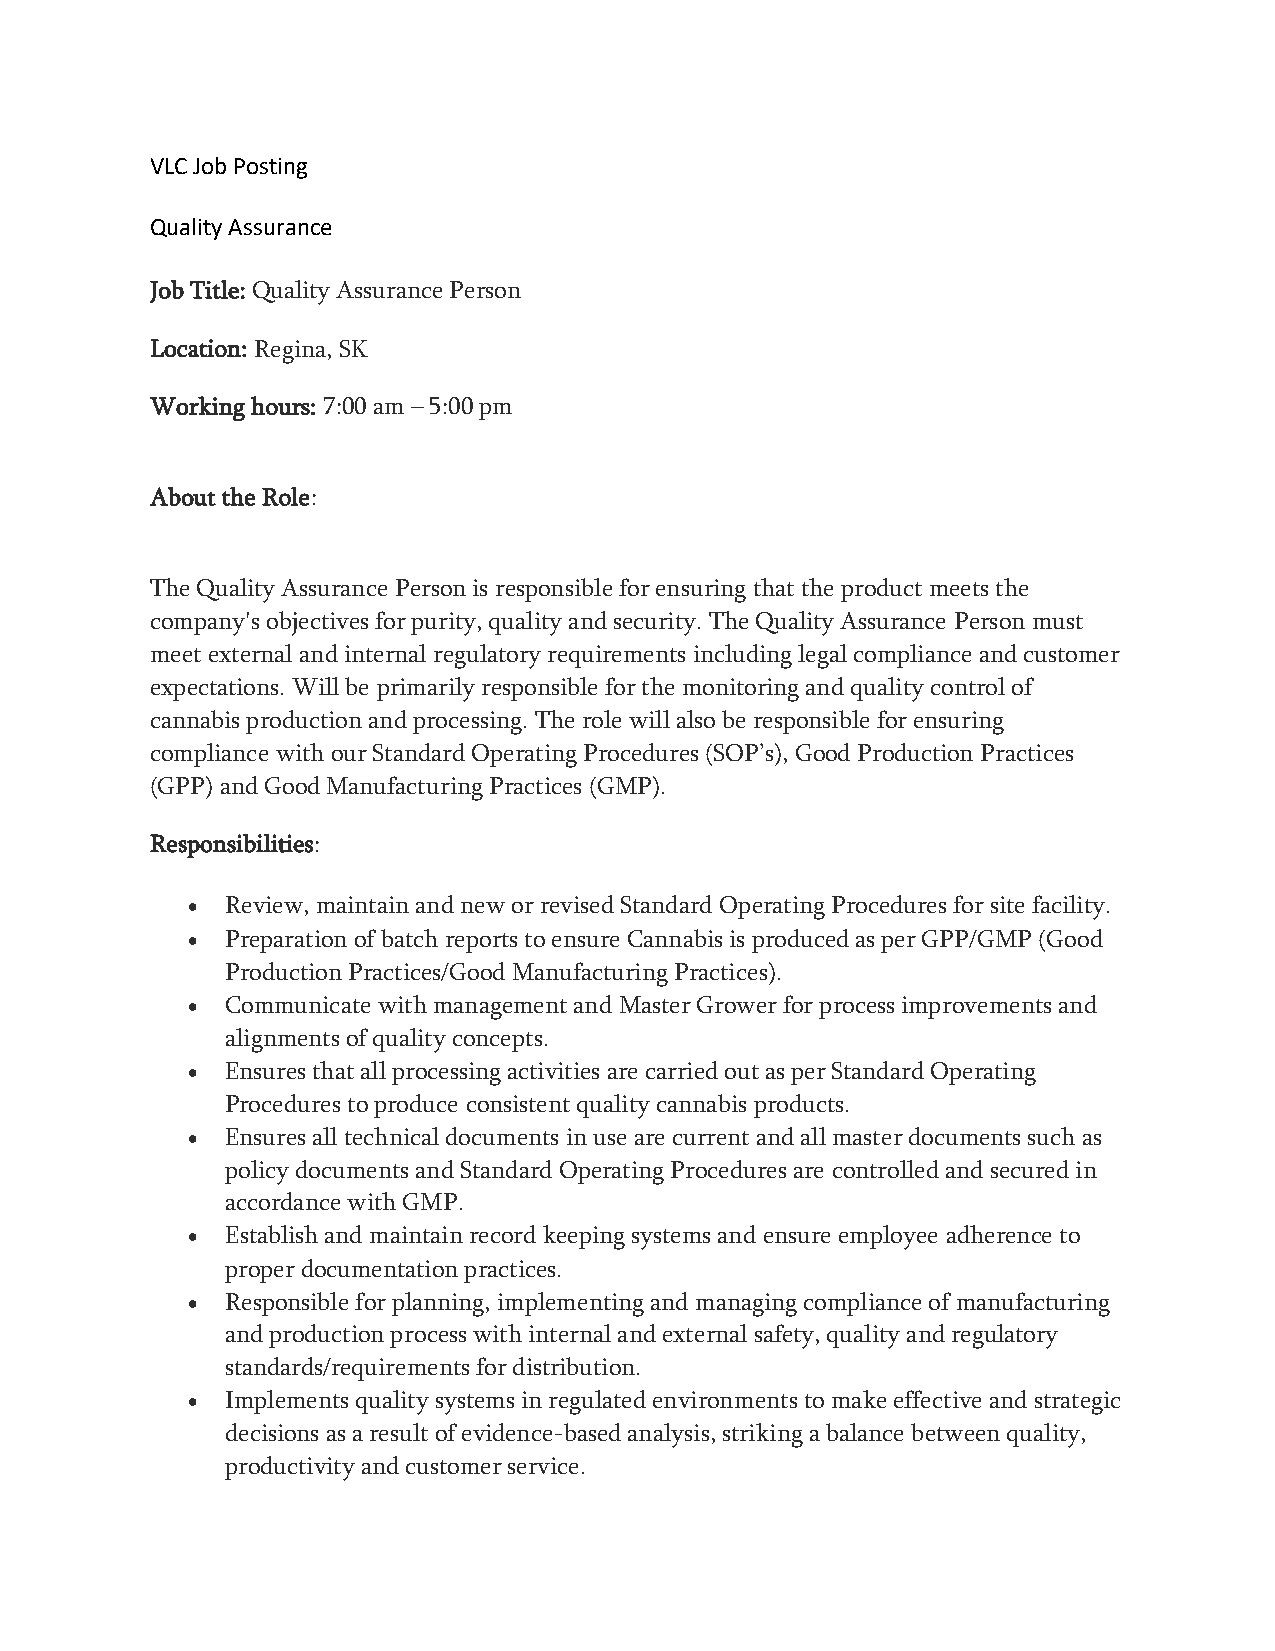
VLC Job Posting
 Quality Assurance
 Job Title: Quality Assurance Person
 Location: Regina, SK
 Working hours: 7:00 am – 5:00 pm
 About the Role:
 The Quality Assurance Person is responsible for ensuring that the product meets the
 company's objectives for purity, quality and security. The Quality Assurance Person must
 meet external and internal regulatory requirements including legal compliance and customer
 expectations. Will be primarily responsible for the monitoring and quality control of
 cannabis production and processing. The role will also be responsible for ensuring
 compliance with our Standard Operating Procedures (SOP’s), Good Production Practices
 (GPP) and Good Manufacturing Practices (GMP).
 Responsibilities:
 •  Review, maintain and new or revised Standard Operating Procedures for site facility.
 •  Preparation of batch reports to ensure Cannabis is produced as per GPP/GMP (Good
 Production Practices/Good Manufacturing Practices).
 •  Communicate with management and Master Grower for process improvements and
 alignments of quality concepts.
 •  Ensures that all processing activities are carried out as per Standard Operating
 Procedures to produce consistent quality cannabis products.
 •  Ensures all technical documents in use are current and all master documents such as
 policy documents and Standard Operating Procedures are controlled and secured in
 accordance with GMP.
 •  Establish and maintain record keeping systems and ensure employee adherence to
 proper documentation practices.
 •  Responsible for planning, implementing and managing compliance of manufacturing
 and production process with internal and external safety, quality and regulatory
 standards/requirements for distribution.
 •  Implements quality systems in regulated environments to make effective and strategic
 decisions as a result of evidence-based analysis, striking a balance between quality,
 productivity and customer service.